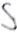
Text: S